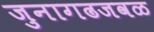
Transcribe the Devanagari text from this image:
जुनागढजवळ